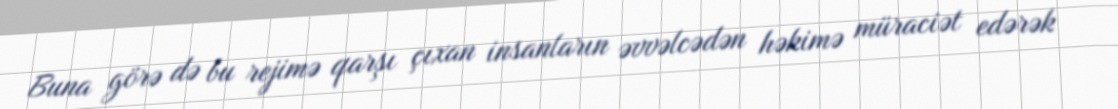
Buna görə də bu rejimə qarşı çıxan insanların əvvəlcədən həkimə müraciət edərək